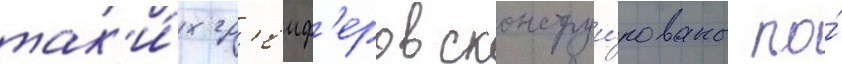
так'и́х гр'еиф'еров сконструи́рованы по́